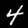
Label: 4